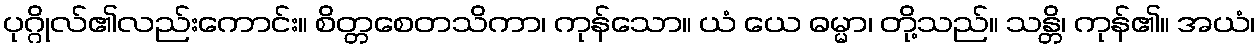
ပုဂ္ဂိုလ်၏လည်းကောင်း။ စိတ္တစေတသိကာ၊ ကုန်သော။ ယံ ယေ ဓမ္မာ၊ တို့သည်။ သန္တိ၊ ကုန်၏။ အယံ၊